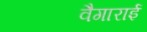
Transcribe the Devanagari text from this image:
वैगाराई